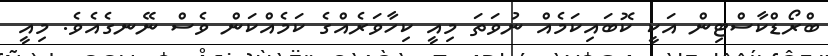
ބްރޯޑްކާސްޓިން އަކީ ކޮބައިކަމެއް ނުވަތަ މިއީ ކިހާވަރެއްގެ ކަމެއްކަން ވެސް ނޭނގެއެވެ. މިއީ